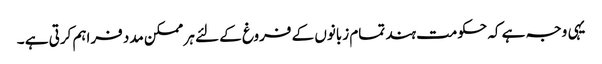
یہی وجہ ہے کہ حکومت ہند تمام زبانوں کے فروغ کے لئے ہر ممکن مدد فراہم کرتی ہے ۔